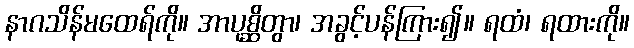
နာဂသိန်မထေရ်ကို။ အာပုစ္ဆိတွာ၊ အခွင့်ပန်ကြား၍။ ရထံ၊ ရထားကို။